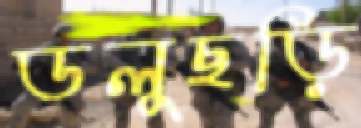
ডলুছড়ি